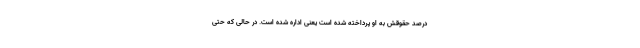
درصد حقوقش به او پرداخته شده است یعنی اداره شده است. در حالی که حتی